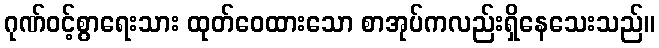
ဂုဏ်ဝင့်စွာရေးသား ထုတ်ဝေထားသော စာအုပ်ကလည်းရှိနေသေးသည်။